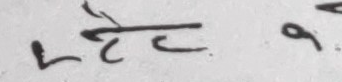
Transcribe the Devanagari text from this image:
मट्ठे ९